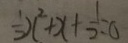
\frac { 1 } { 2 } x ^ { 2 } + x + \frac { 1 } { 2 } = 0